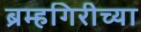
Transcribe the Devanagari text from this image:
ब्रम्हगिरीच्या